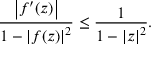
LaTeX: { \frac { \left| f ^ { \prime } ( z ) \right| } { 1 - \left| f ( z ) \right| ^ { 2 } } } \leq { \frac { 1 } { 1 - \left| z \right| ^ { 2 } } } .